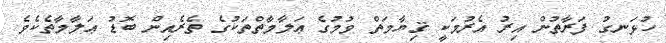
ހުޅަނގު ފަރާތުން އިރު އެރުމަކީ ޤިޔާމަތް ވުމުގެ ޢަލާމާތްތަކުގެ ތެރެއިން ބޮޑު ޢަލާމާތެކެވެ.